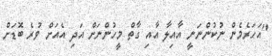
"އަހަރެމެން ނުކުންނަނީ އާއިލާ އާއި ގާތް މީހުންނަށް އަދި އެއަށް ވުރެ ބޮޑަށް